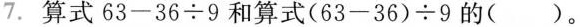
7.算式 $$ 63-36 \div 9 $$ 和算式 $$ (63-36) \div 9 $$ 的()。